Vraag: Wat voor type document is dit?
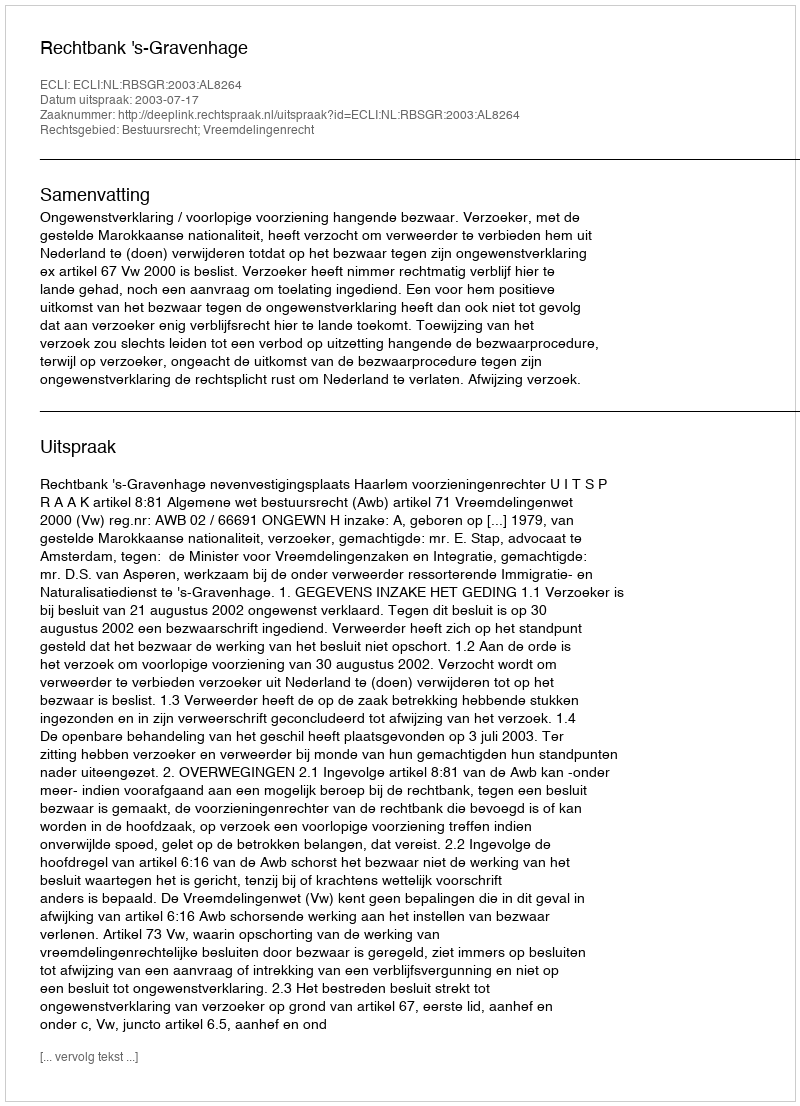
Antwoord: Uitspraak